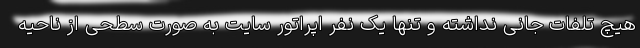
هیچ تلفات جانی نداشته و تنها یک نفر اپراتور سایت به صورت سطحی از ناحیه